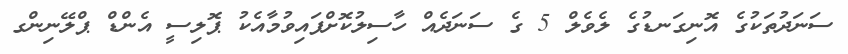
ސަނަދުތަކުގެ އޮނިގަނޑުގެ ލެވެލް 5 ގެ ސަނަދެއް ހާސިލުކޮށްފައިވުމާއެކު ޕޮލިސީ އެންޑް ޕްލޭނިންގ